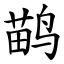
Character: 鹋